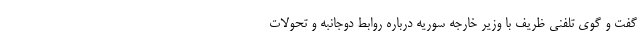
گفت و گوی تلفنی ظریف با وزیر خارجه سوریه درباره روابط دوجانبه و تحولات